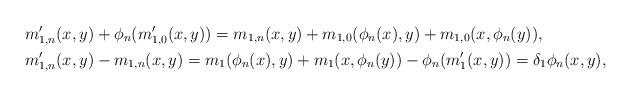
LaTeX: \begin{align*} &m\rq_{1,n}(x,y)+\phi_n(m\rq_{1,0}(x,y))=m_{1,n}(x,y)+m_{1,0}(\phi_n(x),y)+m_{1,0}(x,\phi_n(y)),\\ &m\rq_{1,n}(x,y)-m_{1,n}(x,y)=m_{1}(\phi_n(x),y)+m_1(x,\phi_n(y))-\phi_n(m\rq_1(x,y))=\delta_1 \phi_n(x,y), \end{align*}